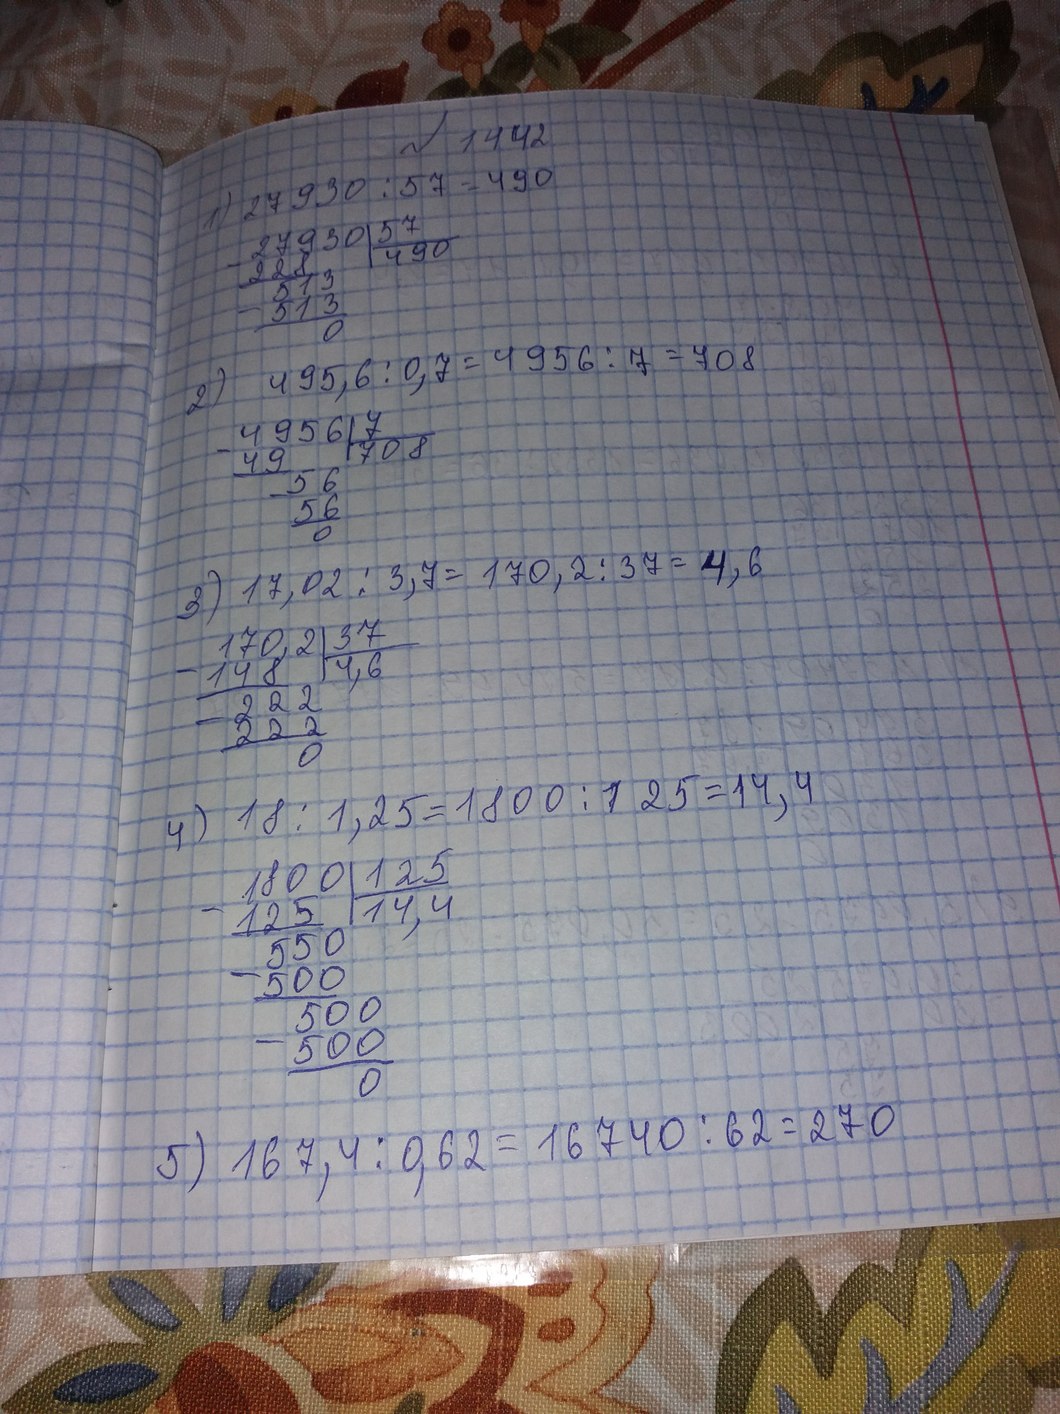
№ 1442
1) 27930 / 57 = 490
27930 | 57
228 | 490
513
513
0
2) 495,6 / 0,7 = 4956 / 7 = 708
4956 | 7
49 | 708
56
56
0
3) 17,02 / 3,7 = 170,2 / 37 = 4,6
170,2 | 37
148 | 4,6
222
222
0
4) 18 / 1,25 = 1800 / 125 = 14,4
1800 | 125
125 | 14,4
550
500
500
500
0
5) 167,4 / 0,62 = 16740 / 62 = 270